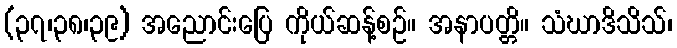
(၃၇၊၃၈၊၃၉) အညောင်းပြေ ကိုယ်ဆန့်စဉ်။ အနာပတ္တိ။ သံဃာဒိသိသ်၊